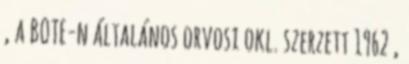
, a BOTE-n általános orvosi okl. szerzett 1962 ,